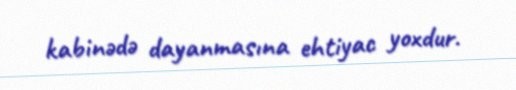
kabinədə dayanmasına ehtiyac yoxdur.